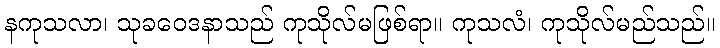
နကုသလာ၊ သုခဝေဒနာသည် ကုသိုလ်မဖြစ်ရာ။ ကုသလံ၊ ကုသိုလ်မည်သည်။